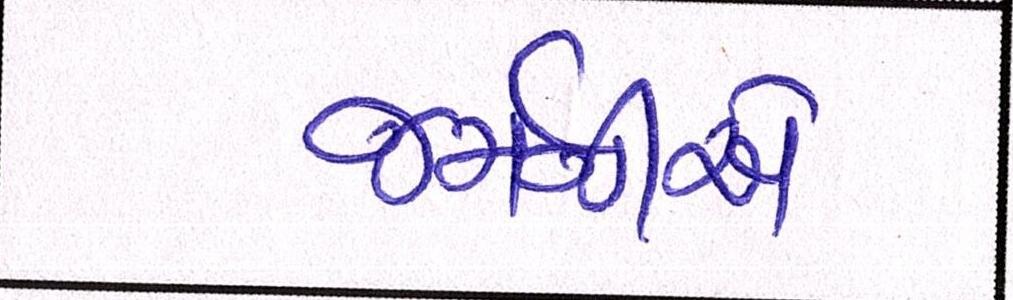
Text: જર્મનીએ